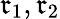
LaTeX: \mathfrak{r}_{1},\mathfrak{r}_{2}